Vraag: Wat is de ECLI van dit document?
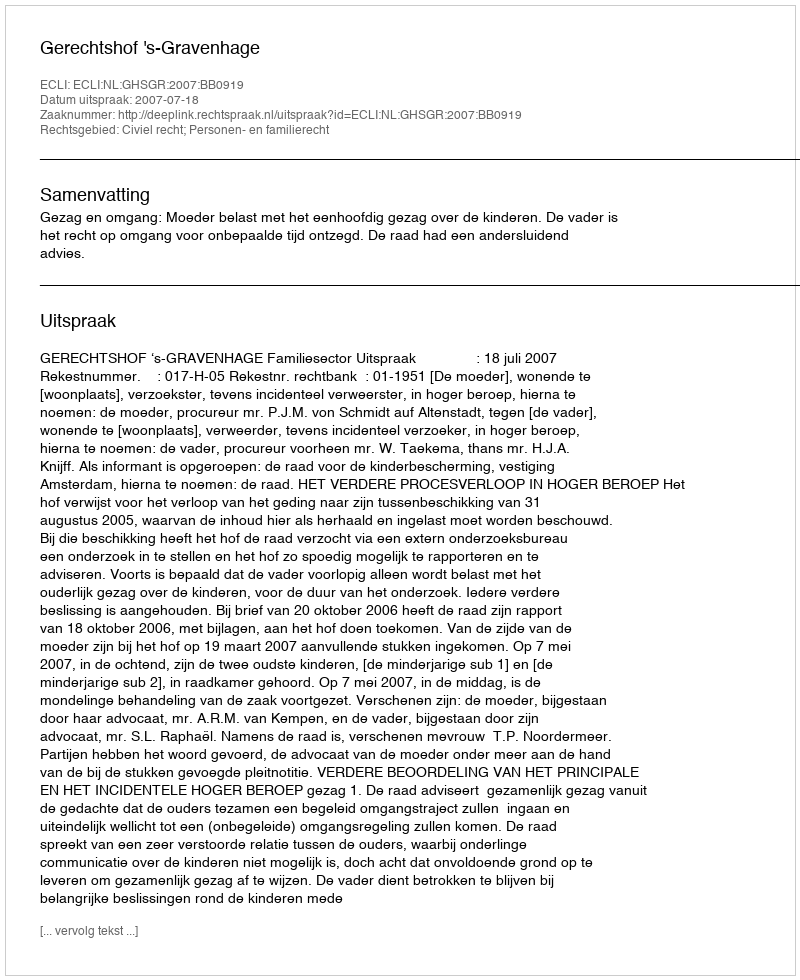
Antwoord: ECLI:NL:GHSGR:2007:BB0919